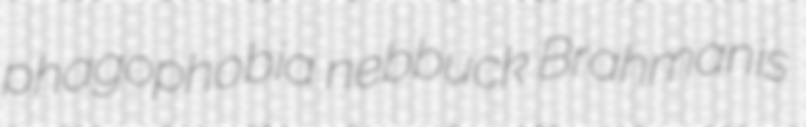
phagophobia nebbuck Brahmanis